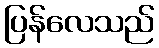
ပြန်လေသည်